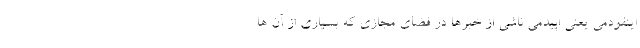
اینفودمی یعنی اپیدمی ناشی از خبرها در فضای مجازی که بسیاری از آن ها